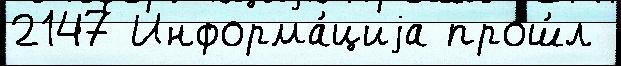
2147 Информа́циjа прош́л